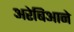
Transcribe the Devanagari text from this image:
अरेबिआने